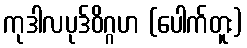
ကုဒါလပုဒ်ဝိဂ္ဂဟ (ပေါက်တူး)